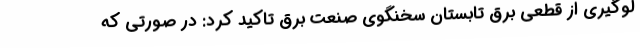
لوگیری از قطعی برق تابستان سخنگوی صنعت برق تاکید کرد: در صورتی که